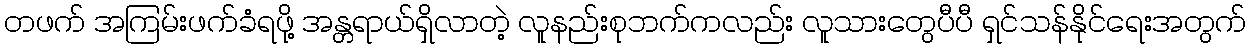
တဖက် အကြမ်းဖက်ခံရဖို့ အန္တရာယ်ရှိလာတဲ့ လူနည်းစုဘက်ကလည်း လူသားတွေပီပီ ရှင်သန်နိုင်ရေးအတွက်